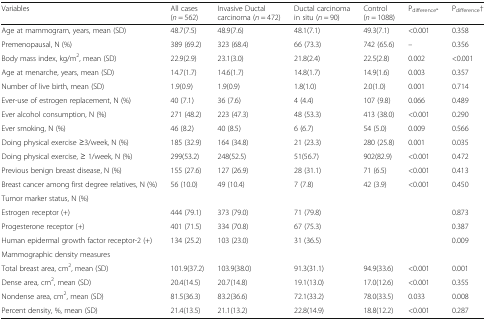
<table><thead><tr><td><b>Variables</b></td><td><b>All cases (<i>n</i> = 562)</b></td><td><b>Invasive Ductal carcinoma (<i>n</i> = 472)</b></td><td><b>Ductal carcinoma in situ (<i>n</i> = 90)</b></td><td><b>Control (<i>n</i> = 1088)</b></td><td><b>P<sub>difference*</sub></b></td><td><b>P<sub>difference</sub>† </b></td></tr></thead><tbody><tr><td>Age at mammogram, years, mean (SD)</td><td>48.7(7.5)</td><td>48.9(7.6)</td><td>48.1(7.1)</td><td>49.3(7.1)</td><td>&lt;0.001</td><td>0.358</td></tr><tr><td>Premenopausal, N (%)</td><td>389 (69.2)</td><td>323 (68.4)</td><td>66 (73.3)</td><td>742 (65.6)</td><td>–</td><td>0.356</td></tr><tr><td>Body mass index, kg/m<sup>2</sup>, mean (SD)</td><td>22.9(2.9)</td><td>23.1(3.0)</td><td>21.8(2.4)</td><td>22.5(2.8)</td><td>0.002</td><td>&lt;0.001</td></tr><tr><td>Age at menarche, years, mean (SD)</td><td>14.7(1.7)</td><td>14.6(1.7)</td><td>14.8(1.7)</td><td>14.9(1.6)</td><td>0.003</td><td>0.357</td></tr><tr><td>Number of live birth, mean (SD)</td><td>1.9(0.9)</td><td>1.9(0.9)</td><td>1.8(1.0)</td><td>2.0(1.0)</td><td>0.001</td><td>0.714</td></tr><tr><td>Ever-use of estrogen replacement, N (%)</td><td>40 (7.1)</td><td>36 (7.6)</td><td>4 (4.4)</td><td>107 (9.8)</td><td>0.066</td><td>0.489</td></tr><tr><td>Ever alcohol consumption, N (%)</td><td>271 (48.2)</td><td>223 (47.3)</td><td>48 (53.3)</td><td>413 (38.0)</td><td>&lt;0.001</td><td>0.290</td></tr><tr><td>Ever smoking, N (%)</td><td>46 (8.2)</td><td>40 (8.5)</td><td>6 (6.7)</td><td>54 (5.0)</td><td>0.009</td><td>0.566</td></tr><tr><td>Doing physical exercise ≥3/week, N (%)</td><td>185 (32.9)</td><td>164 (34.8)</td><td>21 (23.3)</td><td>280 (25.8)</td><td>0.001</td><td>0.035</td></tr><tr><td>Doing physical exercise, ≥ 1/week, N (%)</td><td>299(53.2)</td><td>248(52.5)</td><td>51(56.7)</td><td>902(82.9)</td><td>&lt;0.001</td><td>0.472</td></tr><tr><td>Previous benign breast disease, N (%)</td><td>155 (27.6)</td><td>127 (26.9)</td><td>28 (31.1)</td><td>71 (6.5)</td><td>&lt;0.001</td><td>0.413</td></tr><tr><td>Breast cancer among first degree relatives, N (%)</td><td>56 (10.0)</td><td>49 (10.4)</td><td>7 (7.8)</td><td>42 (3.9)</td><td>&lt;0.001</td><td>0.450</td></tr><tr><td>Tumor marker status, N (%)</td><td></td><td></td><td></td><td></td><td></td><td></td></tr><tr><td>Estrogen receptor (+)</td><td>444 (79.1)</td><td>373 (79.0)</td><td>71 (79.8)</td><td></td><td></td><td>0.873</td></tr><tr><td>Progesterone receptor (+)</td><td>401 (71.5)</td><td>334 (70.8)</td><td>67 (75.3)</td><td></td><td></td><td>0.387</td></tr><tr><td>Human epidermal growth factor receptor-2 (+)</td><td>134 (25.2)</td><td>103 (23.0)</td><td>31 (36.5)</td><td></td><td></td><td>0.009</td></tr><tr><td>Mammographic density measures</td><td></td><td></td><td></td><td></td><td></td><td></td></tr><tr><td>Total breast area, cm<sup>2</sup>, mean (SD)</td><td>101.9(37.2)</td><td>103.9(38.0)</td><td>91.3(31.1)</td><td>94.9(33.6)</td><td>&lt;0.001</td><td>0.001</td></tr><tr><td>Dense area, cm<sup>2</sup>, mean (SD)</td><td>20.4(14.5)</td><td>20.7(14.8)</td><td>19.1(13.0)</td><td>17.0(12.6)</td><td>&lt;0.001</td><td>0.355</td></tr><tr><td>Nondense area, cm<sup>2</sup>, mean (SD)</td><td>81.5(36.3)</td><td>83.2(36.6)</td><td>72.1(33.2)</td><td>78.0(33.5)</td><td>0.033</td><td>0.008</td></tr><tr><td>Percent density, %, mean (SD)</td><td>21.4(13.5)</td><td>21.1(13.2)</td><td>22.8(14.9)</td><td>18.8(12.2)</td><td>&lt;0.001</td><td>0.287</td></tr></tbody></table>